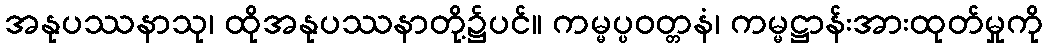
အနုပဿနာသု၊ ထိုအနုပဿနာတို့၌ပင်။ ကမ္မပ္ပဝတ္တနံ၊ ကမ္မဋ္ဌာန်းအားထုတ်မှုကို